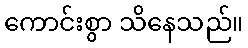
ကောင်းစွာ သိနေသည်။